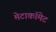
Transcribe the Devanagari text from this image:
मेटाकॉमेट